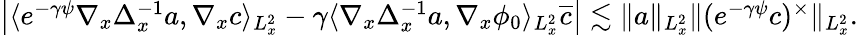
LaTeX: \begin{array}{r}{\left|\langle e^{-\gamma\psi}\nabla_{x}\Delta_{x}^{-1}a,\nabla_{x}c\rangle_{L_{x}^{2}}-\gamma\langle\nabla_{x}\Delta_{x}^{-1}a,\nabla_{x}\phi_{0}\rangle_{L_{x}^{2}}\overline{c}\right|\lesssim\| a\| _{L_{x}^{2}}\| (e^{-\gamma\psi}c)^{\times}\| _{L_{x}^{2}}.}\end{array}